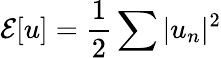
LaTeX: \mathcal{E}[u]=\frac{1}{2}\sum|u_{n}|^{2}